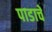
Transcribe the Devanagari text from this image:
पाडाचे